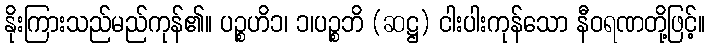
နိုးကြားသည်မည်ကုန်၏။ ပဉ္စဟိ၁၊ ၁၊ပဉ္စဘိ (ဆဋ္ဌ) ငါးပါးကုန်သော နီဝရဏတို့ဖြင့်။